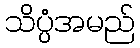
သိပ္ပံအမည်